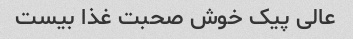
عالی پیک خوش صحبت غذا بیست